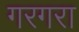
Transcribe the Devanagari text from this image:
गरगरा